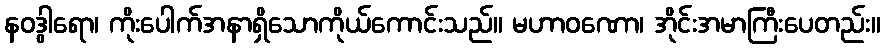
နဝဒွါရော၊ ကိုးပေါက်အနာရှိသောကိုယ်ကောင်းသည်။ မဟာဝဏော၊ အိုင်းအမာကြီးပေတည်း။